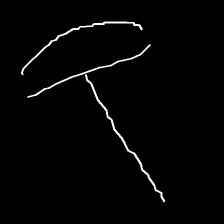
Glyph: dispersion